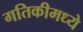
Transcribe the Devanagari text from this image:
गतिकीमध्ये